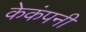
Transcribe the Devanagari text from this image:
केकंपनी